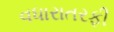
વધારાતરફી